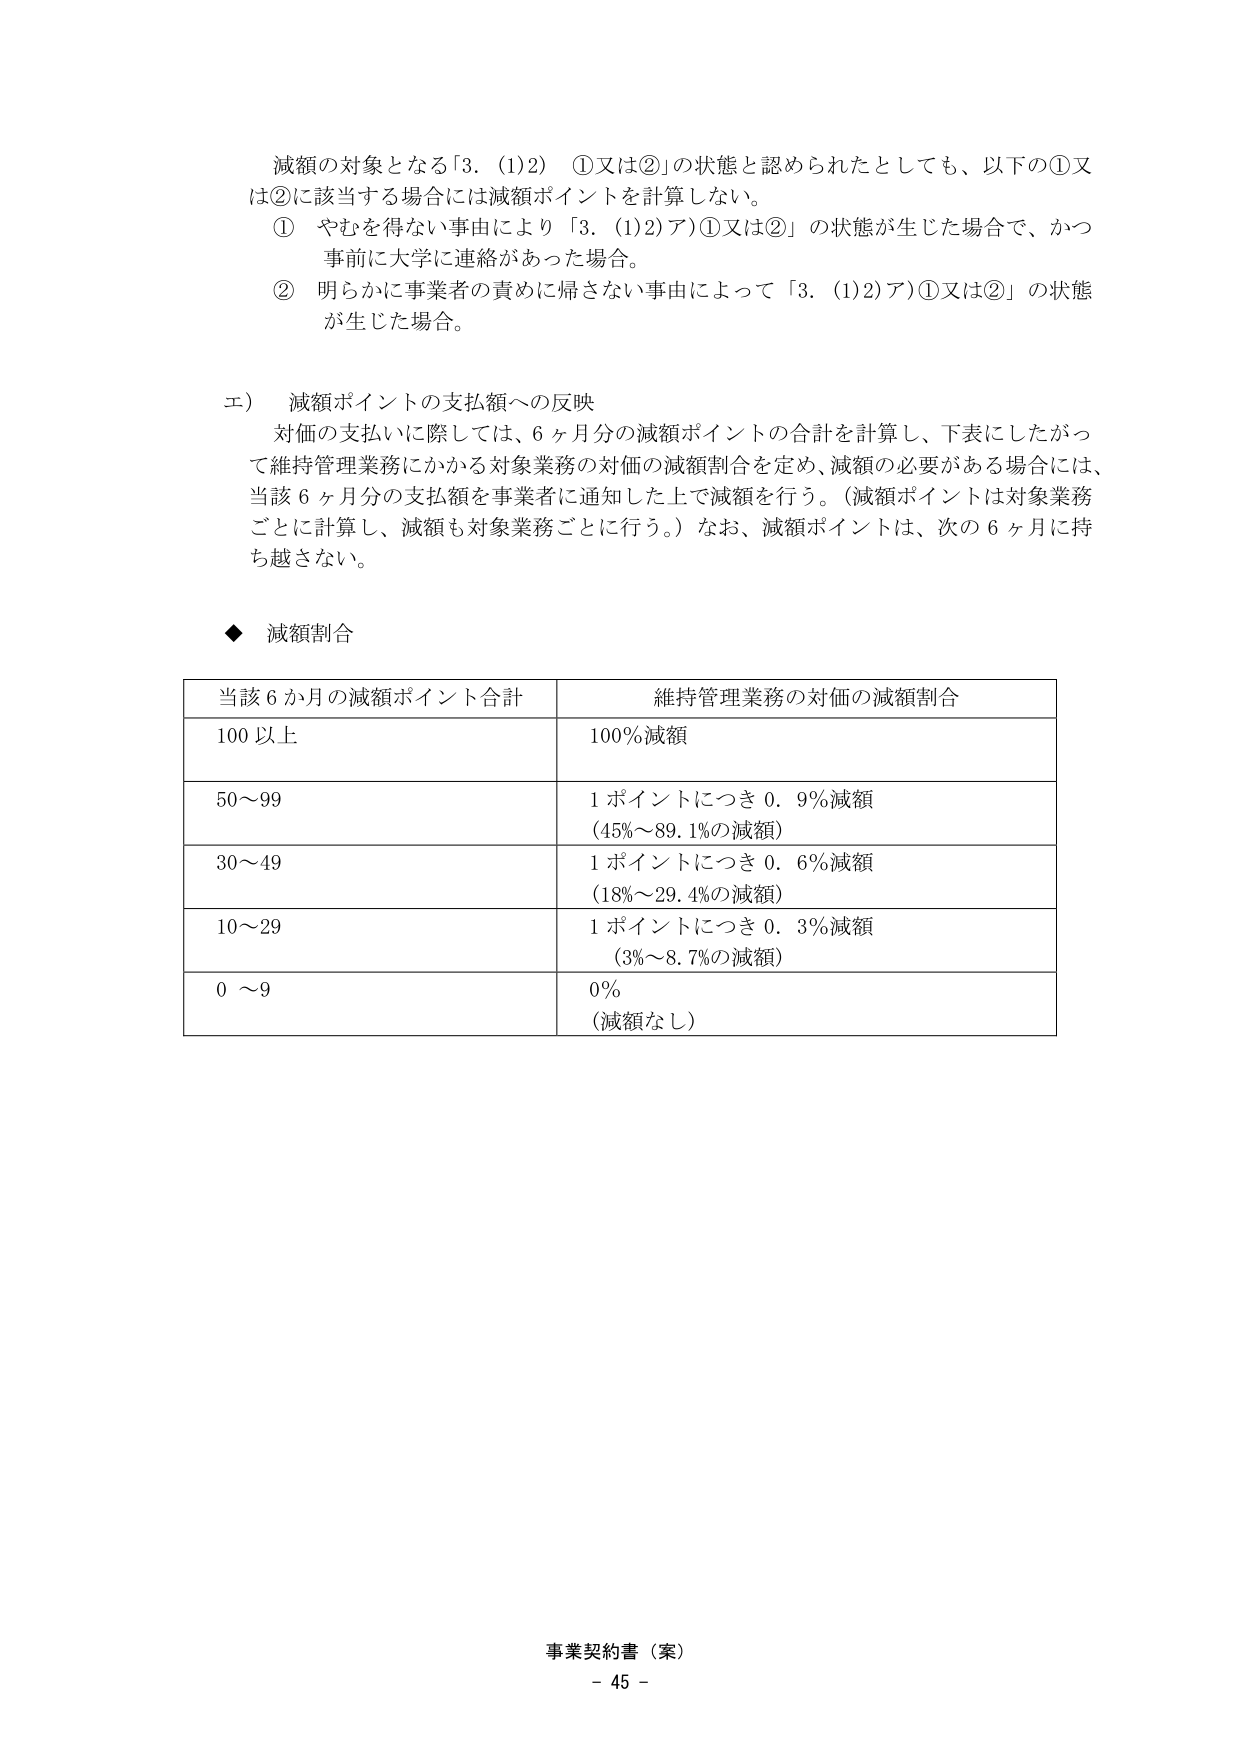
減額の対象となる「3. (1)2) ①又は②」の状態と認められたとしても、以下の①又は②に該当する場合には減額ポイントを計算しない。

① やむを得ない事由により「3. (1)2)ア)①又は②」の状態が生じた場合で、かつ事前に大学に連絡があった場合。

② 明らかに事業者の責めに帰さない事由によって「3. (1)2)ア)①又は②」の状態が生じた場合。

エ) 減額ポイントの支払額への反映

対価の支払いに際しては、6ヶ月分の減額ポイントの合計を計算し、下表にしたがって維持管理業務にかかる対象業務の対価の減額割合を定め、減額の必要がある場合には、当該6ヶ月分の支払額を事業者に通知した上で減額を行う。（減額ポイントは対象業務ごとに計算し、減額も対象業務ごとに行う。）なお、減額ポイントは、次の6ヶ月に持ち越さない。

◆ 減額割合

当該6か月の減額ポイント合計　　　　　維持管理業務の対価の減額割合
100以上　　　　　　　　　　　　　　　　100%減額
50～99　　　　　　　　　　　　　　　　1ポイントにつき0.9%減額
　　　　　　　　　　　　　　　　　　　　(45%～89.1%の減額)
30～49　　　　　　　　　　　　　　　　1ポイントにつき0.6%減額
　　　　　　　　　　　　　　　　　　　　(18%～29.4%の減額)
10～29　　　　　　　　　　　　　　　　1ポイントにつき0.3%減額
　　　　　　　　　　　　　　　　　　　　(3%～8.7%の減額)
0～9　　　　　　　　　　　　　　　　　　0%
　　　　　　　　　　　　　　　　　　　　(減額なし)

事業契約書（案）
- 45 -